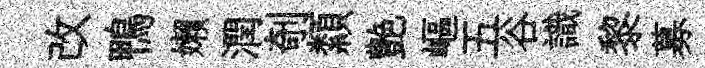
改鴨嬾潤剞纇艶嶇五谷識黎募